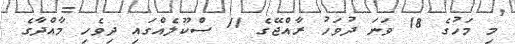
މި މަހުގެ 18 ވަނަ ދުވަހު ރާއްޖޭގެ 11 ސްކޫލެއްގައި ދިވެހި މާއްދާގެ